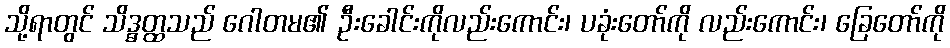
သို့ရာတွင် သိဒ္ဓတ္ထသည် ဂေါတမ၏ ဦးခေါင်းကိုလည်းကောင်း၊ ပခုံးတော်ကို လည်းကောင်း၊ ခြေတော်ကို